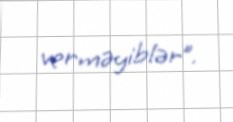
verməyiblər”.